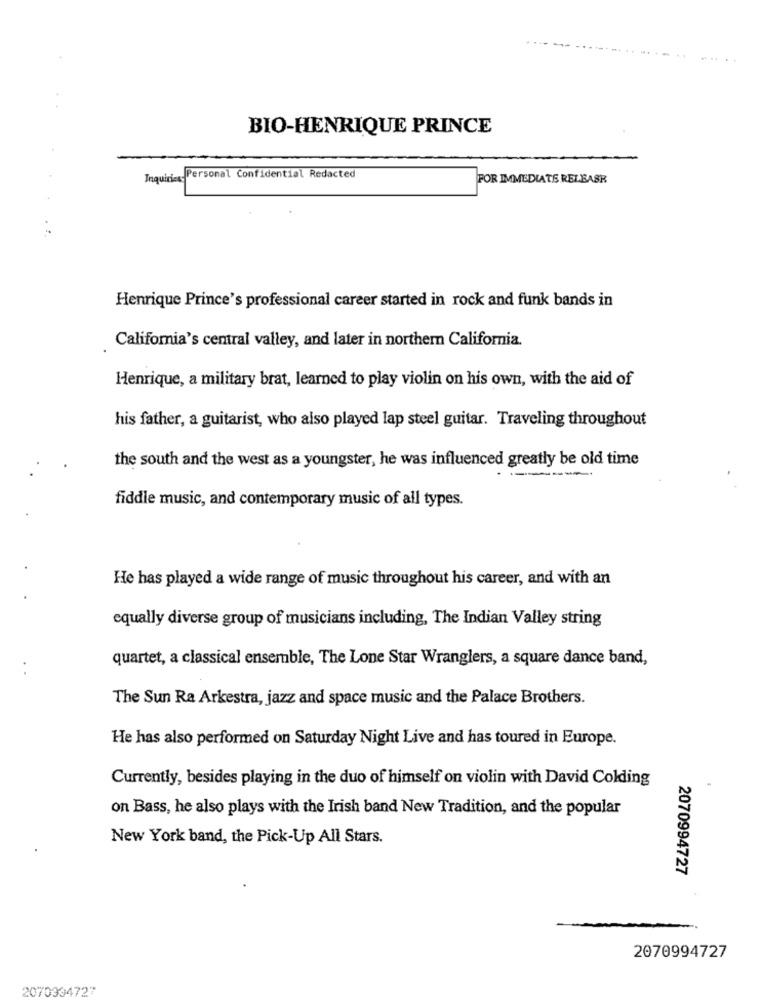
BIO-HENRIQUE PRINCE
Inquiries Personal Confidential Redacted
FOR IMMEDIATE RELEASE
Henrique Prince's professional career started in rock and funk bands in
California's central valley, and later in northern California.
Henrique, a military brat, learned to play violin on his own, with the aid of
his father, a guitarist, who also played lap steel guitar. Traveling throughout
the south and the west as a youngster, he was influenced greatly be old time
fiddle music, and contemporary music of all types.
He has played a wide range of music throughout his career, and with an
equally diverse group of musicians including, The Indian Valley string
quartet, a classical ensemble, The Lone Star Wranglers, a square dance band,
The Sun Ra Arkestra, jazz and space music and the Palace Brothers.
He has also performed on Saturday Night Live and has toured in Europe.
Currently, besides playing in the duo of himself on violin with David Colding
on Bass, he also plays with the Irish band New Tradition, and the popular
New York band, the Pick-Up All Stars.
2070994727
2070994727
2070334727